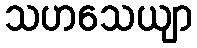
သဟသေယျာ